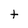
Character: t